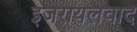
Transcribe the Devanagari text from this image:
इजरायलवाद